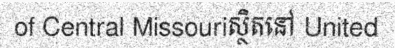
of Central Missouriស្ថិតនៅ United